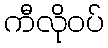
ကီလိုဝပ်